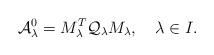
LaTeX: \begin{align*}\mathcal{A}^0_\lambda=M^T_\lambda\mathcal{Q}_\lambda M_\lambda,\quad\lambda\in I.\end{align*}